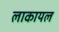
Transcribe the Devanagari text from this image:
लाकायल